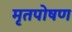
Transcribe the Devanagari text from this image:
मृतपोषण